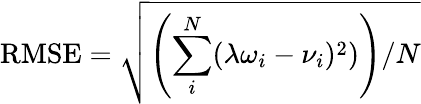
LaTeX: \textrm{RMSE}=\sqrt{\left(\sum_{i}^{N}(\lambda\omega_{i}-\nu_{i})^{2})\right)/N}